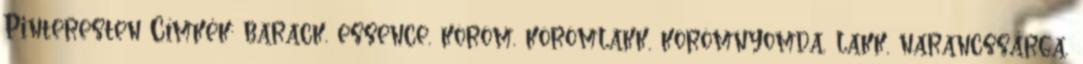
Pinteresten Címkék: barack, essence, köröm, körömlakk, körömnyomda, lakk, narancssárga,